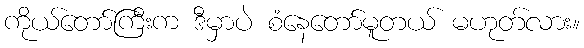
ကိုယ်တော်ကြီးက ဒီမှာပဲ စံနေတော်မူတယ် မဟုတ်လား။